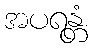
အပရန္တံ